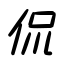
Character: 侃